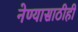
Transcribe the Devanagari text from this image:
नेण्यासाठीही